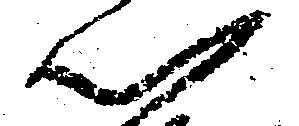
以